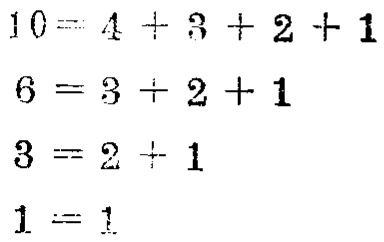
\[

\begin{align*}

10&=4 + 3 + 2 + 1\\

6&=3 + 2 + 1\\

3&=2 + 1\\

1&=1

\end{align*}

\]